Vaccination returns of the Province of Eastern Bengal and Assam - 1905-1912
Year: 1905
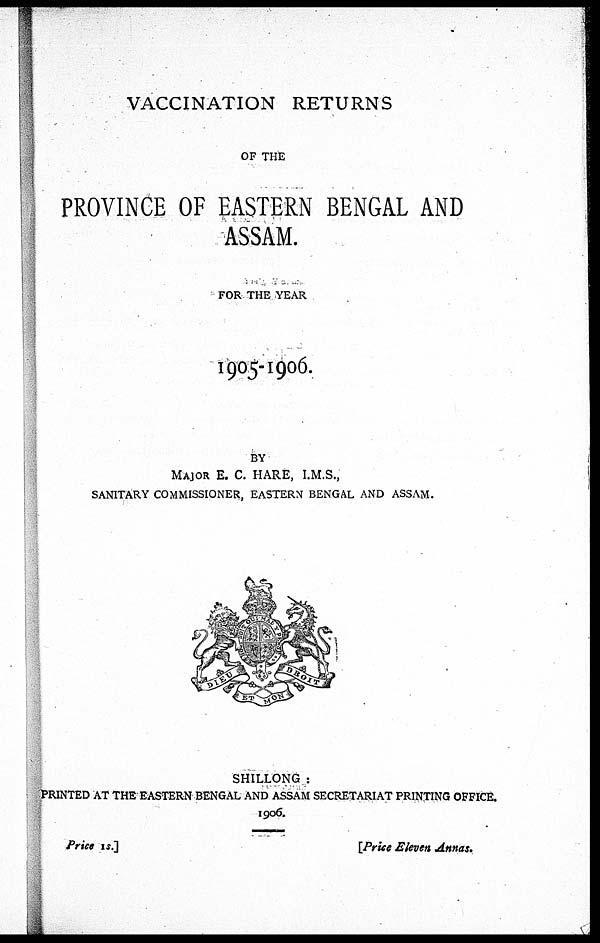
VACCINATION RETURNS
OF THE
PROVINCE OF EASTERN BENGAL AND
ASSAM.
FOR THE YEAR
1905-1906.
BY
MAJOR E. C. HARE, I.M.S.,
SANITARY COMMISSIONER, EASTERN BENGAL AND ASSAM.
SHILLONG :
PRINTED AT THE EASTERN BENGAL AND ASSAM SECRETARIAT PRINTING OFFICE.
1906.
Price 1s.]
[Price Eleven Annas.